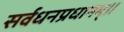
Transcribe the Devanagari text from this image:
सर्वधनप्रधानम्॥